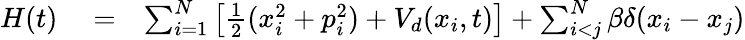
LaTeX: \begin{array}{rlr}{H(t)}&{{}=}&{\sum_{i=1}^{N}\left[\frac{1}{2}(x_{i}^{2}+p_{i}^{2})+V_{d}(x_{i},t)\right]+\sum_{i<j}^{N}\beta\delta(x_{i}-x_{j})}\end{array}